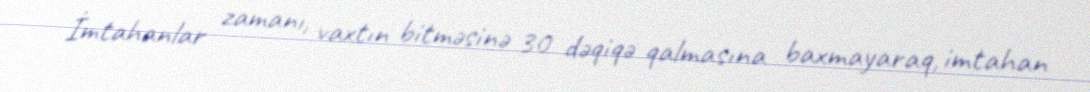
İmtahanlar zamanı, vaxtın bitməsinə 30 dəqiqə qalmasına baxmayaraq, imtahan